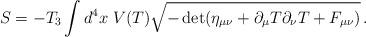
LaTeX: \begin{align*}S= -T_3 \int d^4x\; V(T) \sqrt{-\det (\eta_{\mu\nu} +\partial_\mu T\partial_\nu T + F_{\mu\nu})}\, .\end{align*}